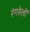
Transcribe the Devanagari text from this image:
रंगरेलों